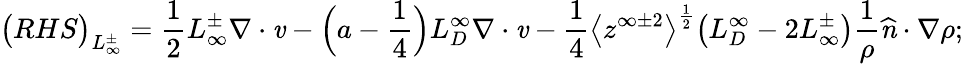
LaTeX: \big(RHS\big)_{L_{\infty}^{\pm}}=\frac{1}{2}L_{\infty}^{\pm}\mathbf{\nabla}\cdot\textbf{\emph{v}}-\Big(a-\frac{1}{4}\Big)L_{D}^{\infty}\mathbf{\nabla}\cdot\textbf{\emph{v}}-\frac{1}{4}\big<z^{\infty\pm 2}\big>^{\frac{1}{2}}\big(L_{D}^{\infty}-2L_{\infty}^{\pm}\big)\frac{1}{\rho}\textbf{\emph{\^ n}}\cdot\mathbf{\nabla}\rho;